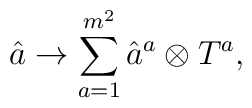
\hat{a} \rightarrow \sum_{a=1}^{m^{2}}\hat{a}^{a}\otimes T^{a},